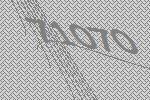
71070